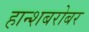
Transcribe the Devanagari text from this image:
हान्शबरोबर